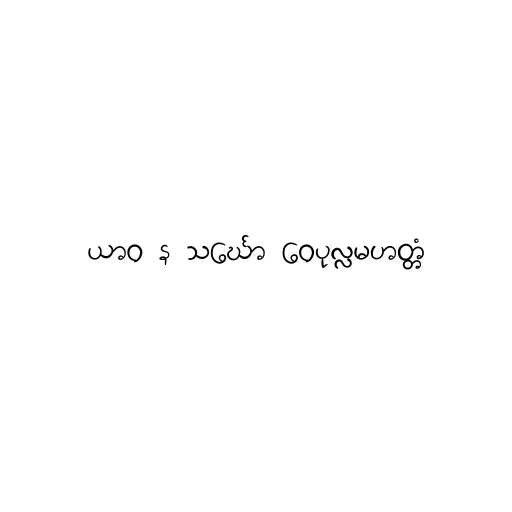
ယာဝ န သင်္ဃော ဝေပုလ္လမဟတ္တံ